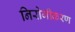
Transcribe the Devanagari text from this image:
निरोगीकरण